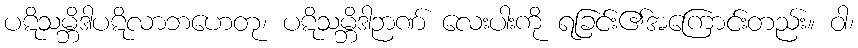
ပဋိသမ္ဘိဒါပဋိလာဘဟေတု၊ ပဋိသမ္ဘိဒါဉာဏ် လေးပါးကို ရခြင်း၏အကြောင်းတည်း။ ဝါ၊